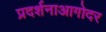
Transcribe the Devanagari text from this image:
प्रदर्शनाआगोदर